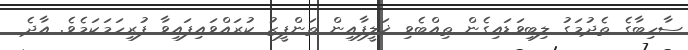
ސާހިބާގެ ތެދުމަގު ލިބިވަޑައިގެން ތިއްބެވި ޚަލީފާއިން ތަންފީޒު ކުރައްވައިފައިވާ ފުރިހަމަކަމެވެ. އާދެ